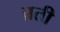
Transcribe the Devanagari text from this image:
ब्रती